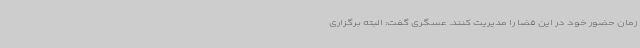
زمان حضور خود در این فضا را مدیریت کنند. عسگری گفت: البته برگزاری